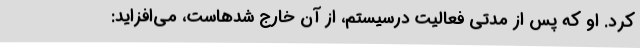
کرد. او که پس از مدتی فعالیت درسیستم، از آن خارج شدهاست، می‌افزاید: